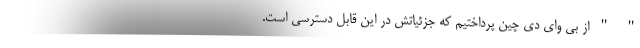
" " از بی وای دی چین پرداختیم که جزئیاتش در این قابل دسترسی است.